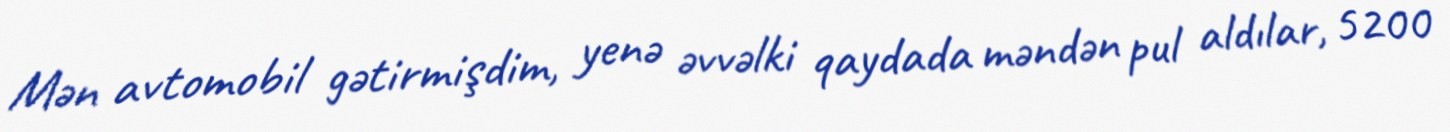
Mən avtomobil gətirmişdim, yenə əvvəlki qaydada məndən pul aldılar, 5200